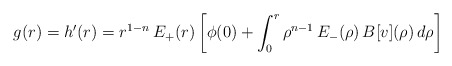
\begin{align*} g(r)=h'(r)=r^{1-n}\,E_+(r)\left[\phi(0)+\int_0^r\rho^{n-1}\,E_-(\rho)\,B[v](\rho)\,d\rho\right] \end{align*}